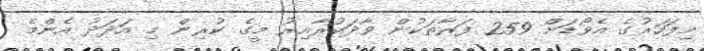
މިފަހަރުގެ އެވޯޑަށް 259 ފަރާތަކުން ވާދަކުރާއިރު މީގެ ކުރިން މި އަދަދު އެންމެ